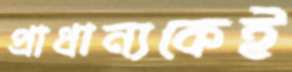
প্রাধান্যকেই